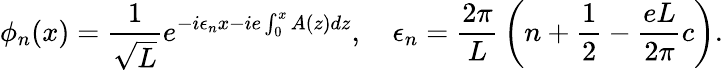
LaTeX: \phi_{n}(x)={\frac{1}{\sqrt L}}e^{-i\epsilon_{n}x-ie\int_{0}^{x}A(z)dz},\quad\epsilon_{n}={\frac{2\pi}{L}}\left(n+{\frac{1}{2}}-{\frac{eL}{2\pi}}c\right).